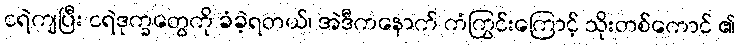
ငရဲကျပြီး ငရဲဒုက္ခတွေကို ခံခဲ့ရတယ်၊ အဲဒီကနောက် ကံကြွင်းကြောင့် သိုးတစ်ကောင် ၏